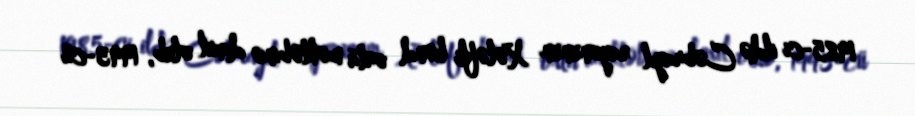
1985-ci ildə Cəbrayıl rayonunun Xələfli kənd orta məktəbinə daxil olub, 1993-cü